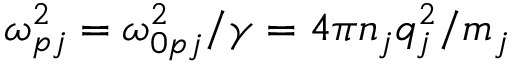
\omega _ { p j } ^ { 2 } = \omega _ { 0 p j } ^ { 2 } / \gamma = 4 \pi n _ { j } q _ { j } ^ { 2 } / m _ { j }